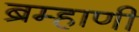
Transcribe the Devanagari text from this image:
ब्रम्हाणी